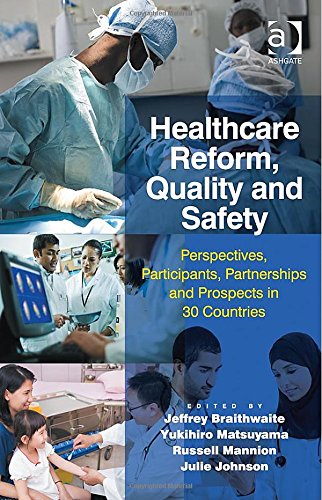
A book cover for Healthcare Reform, Quality and Safety: Perspectives, Participants, Partnerships and Prospects in 30 Countries; Jeffrey Braithwaite; Medical Books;